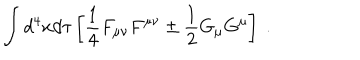
\int d ^ { 4 } x d \tau \left[ \frac 1 4 F _ { \mu \nu } F ^ { \mu \nu } \pm \frac 1 2 G _ { \mu } G ^ { \mu } \right] \ .